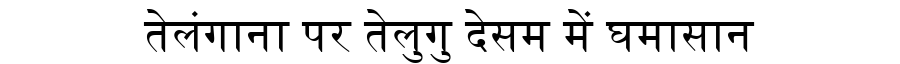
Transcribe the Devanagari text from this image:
तेलंगाना पर तेलुगु देसम में घमासान